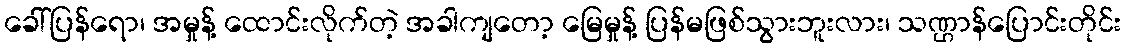
ခေါ်ပြန်ရော၊ အမှုန့် ထောင်းလိုက်တဲ့ အခါကျတော့ မြေမှုန့် ပြန်မဖြစ်သွားဘူးလား၊ သဏ္ဌာန်ပြောင်းတိုင်း